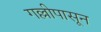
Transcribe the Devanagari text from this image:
गल्लीपासून